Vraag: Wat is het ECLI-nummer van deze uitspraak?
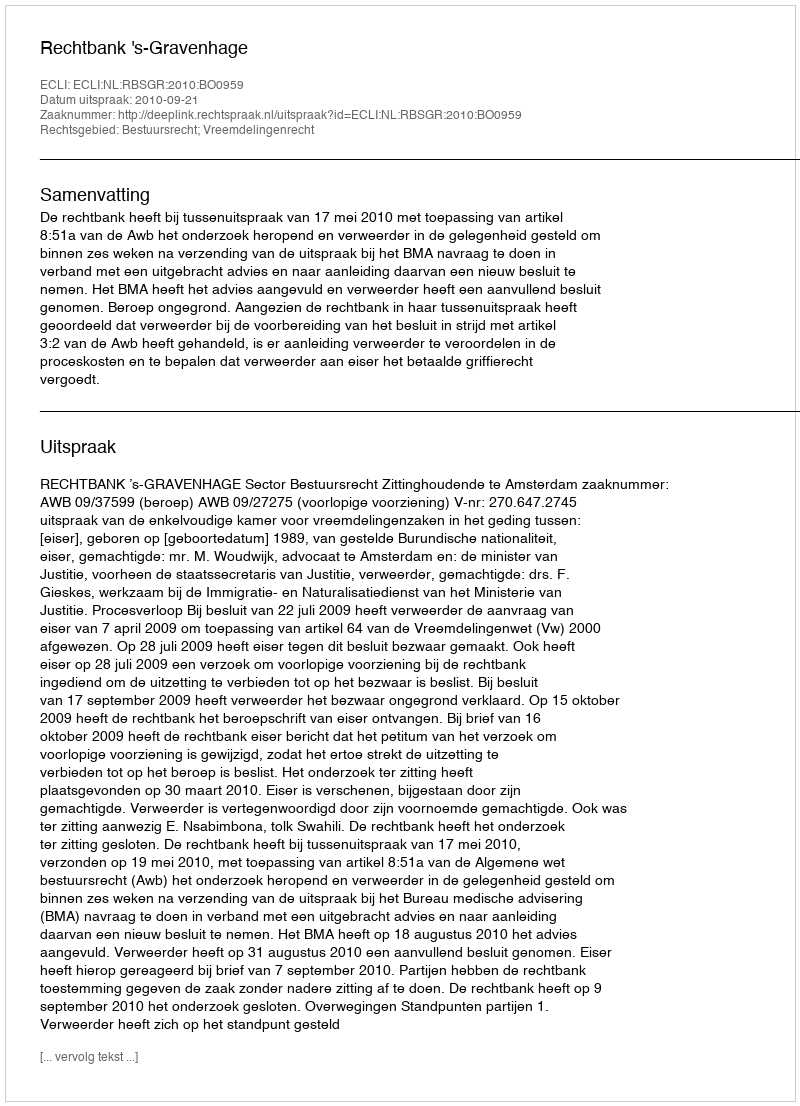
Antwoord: ECLI:NL:RBSGR:2010:BO0959